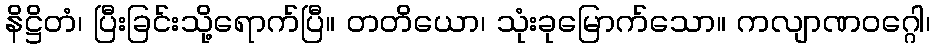
နိဋ္ဌိတံ၊ ပြီးခြင်းသို့ရောက်ပြီ။ တတိယော၊ သုံးခုမြောက်သော။ ကလျာဏဝဂ္ဂေါ၊